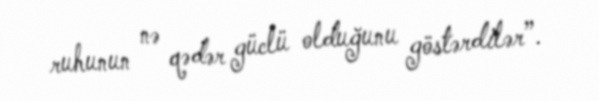
ruhunun nə qədər güclü olduğunu göstərdilər”.